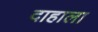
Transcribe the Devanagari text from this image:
दाहाला